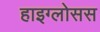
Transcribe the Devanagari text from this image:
हाइग्लोसस